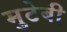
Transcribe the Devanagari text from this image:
मुटेबी